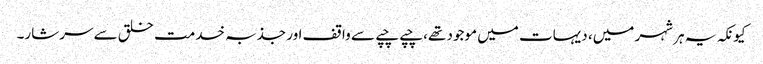
کیونکہ یہ ہر شہر میں، دیہات میں موجود تھے، چپے چپے سے واقف اور جذبہ خدمت خلق سے سرشار۔